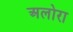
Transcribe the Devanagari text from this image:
अलोरा